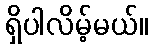
ရှိပါလိမ့်မယ်။